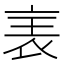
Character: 𧘦